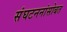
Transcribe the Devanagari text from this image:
संघटननांसोबत